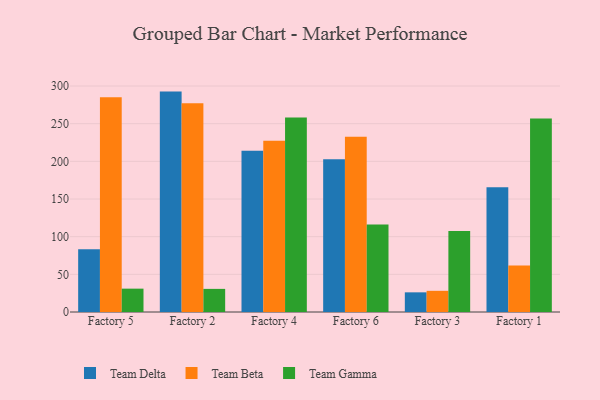
{"axis": {"x": "Factory", "y": "Budget (USD K)"}, "legend": ["Team Beta", "Team Delta", "Team Gamma"], "data": [{"x": "Factory 5", "y": 83.2, "type": "Team Delta"}, {"x": "Factory 5", "y": 285.2, "type": "Team Beta"}, {"x": "Factory 5", "y": 31.0, "type": "Team Gamma"}, {"x": "Factory 2", "y": 292.6, "type": "Team Delta"}, {"x": "Factory 2", "y": 277.2, "type": "Team Beta"}, {"x": "Factory 2", "y": 30.7, "type": "Team Gamma"}, {"x": "Factory 4", "y": 214.2, "type": "Team Delta"}, {"x": "Factory 4", "y": 227.5, "type": "Team Beta"}, {"x": "Factory 4", "y": 258.2, "type": "Team Gamma"}, {"x": "Factory 6", "y": 202.8, "type": "Team Delta"}, {"x": "Factory 6", "y": 232.5, "type": "Team Beta"}, {"x": "Factory 6", "y": 116.0, "type": "Team Gamma"}, {"x": "Factory 3", "y": 26.1, "type": "Team Delta"}, {"x": "Factory 3", "y": 28.1, "type": "Team Beta"}, {"x": "Factory 3", "y": 107.5, "type": "Team Gamma"}, {"x": "Factory 1", "y": 165.6, "type": "Team Delta"}, {"x": "Factory 1", "y": 61.8, "type": "Team Beta"}, {"x": "Factory 1", "y": 257.0, "type": "Team Gamma"}]}